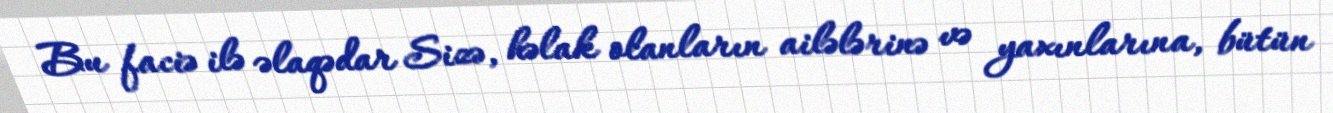
Bu faciə ilə əlaqədar Sizə, həlak olanların ailələrinə və yaxınlarına, bütün